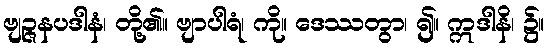
ဗျဉ္ဇနပဒါနံ၊ တို့၏။ ဗျာပါရံ၊ ကို။ ဒေဿတွာ၊ ၍။ ဣဒါနိ၊ ၌။